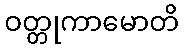
ဝတ္တုကာမောတိ